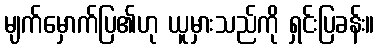
မျက်မှောက်ပြ၏ဟု ယူမှားသည်ကို ရှင်းပြခန်း။